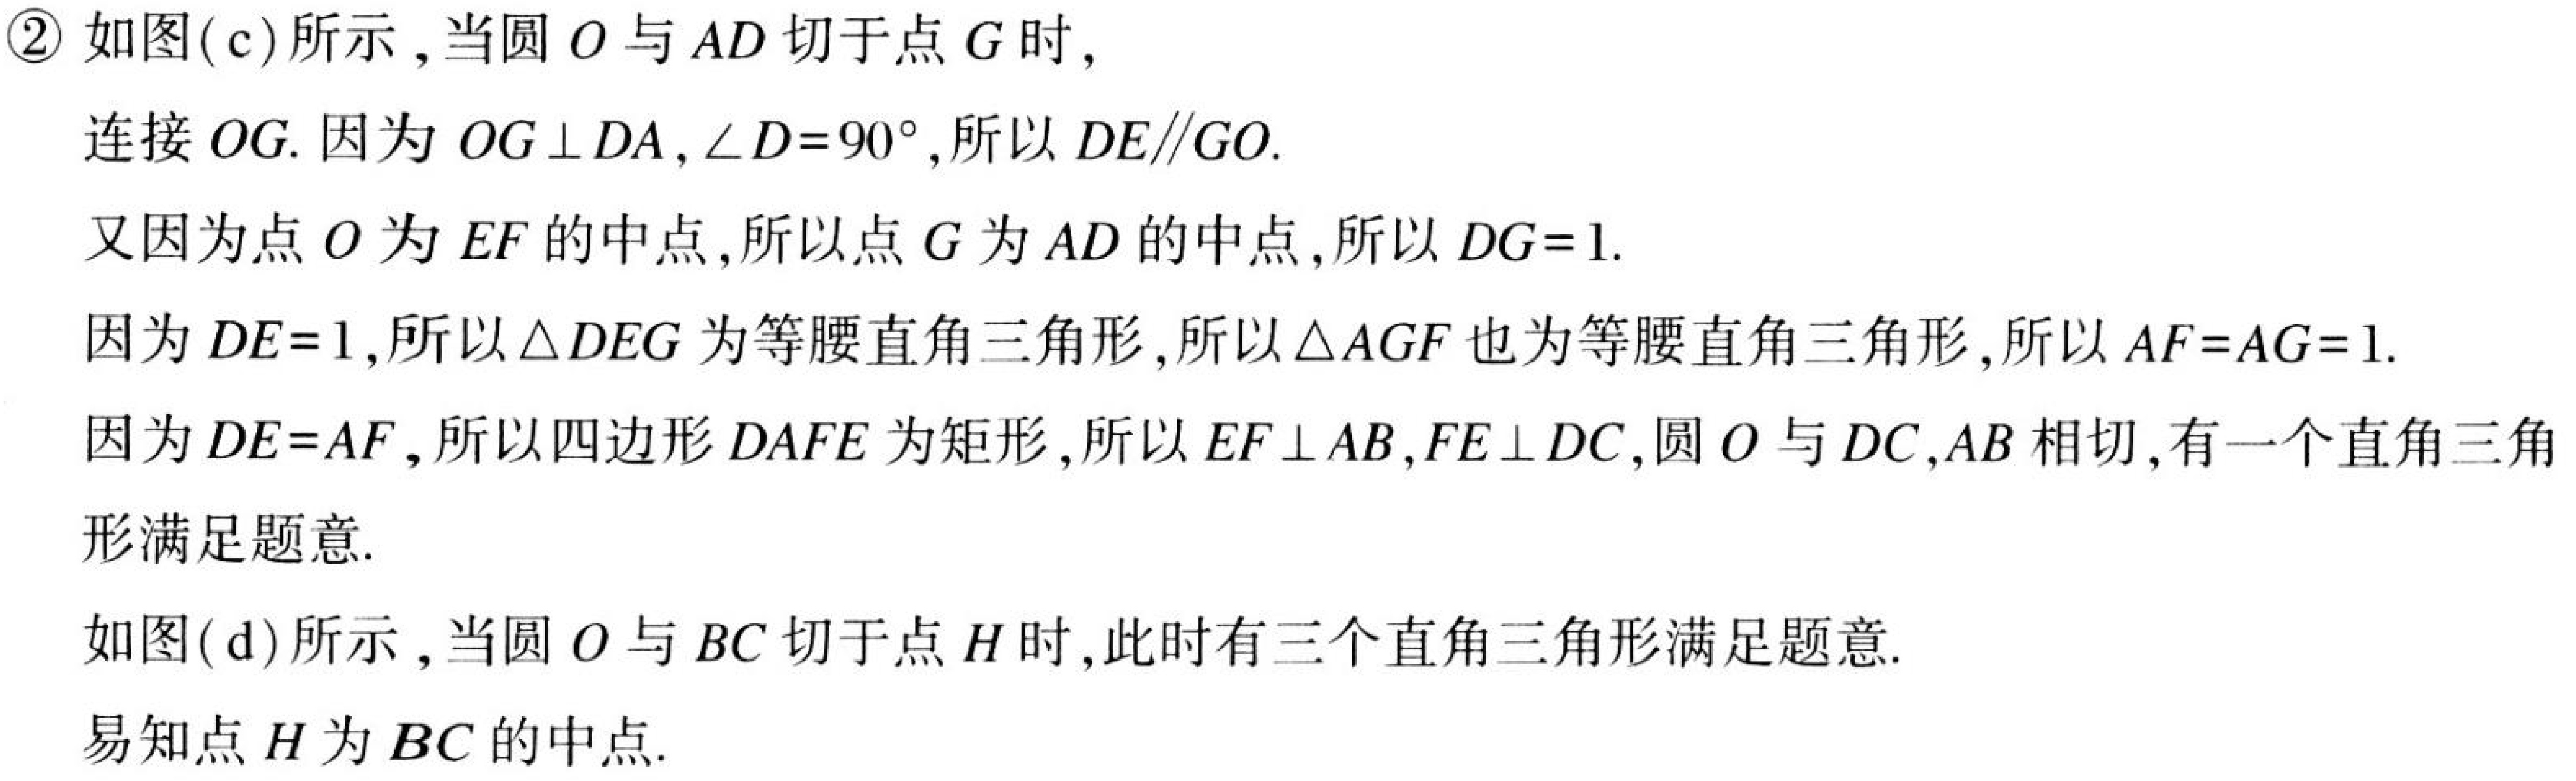
\textcircled{2} 如图(c)所示，当圆 \(O\) 与 \(AD\) 切于点 \(G\) 时，
连接 \(OG\). 因为 \(OG\perp DA\)，\(\angle D = 90^{\circ}\)，所以 \(DE\parallel GO\).
又因为点 \(O\) 为 \(EF\) 的中点，所以点 \(G\) 为 \(AD\) 的中点，所以 \(DG = 1\).
因为 \(DE = 1\)，所以 \(\triangle DEG\) 为等腰直角三角形，所以 \(\triangle AGF\) 也为等腰直角三角形，所以 \(AF = AG = 1\).
因为 \(DE = AF\)，所以四边形 \(DAFE\) 为矩形，所以 \(EF\perp AB\)，\(FE\perp DC\)，圆 \(O\) 与 \(DC\)，\(AB\) 相切，有一个直角三角形满足题意.
如图(d)所示，当圆 \(O\) 与 \(BC\) 切于点 \(H\) 时，此时有三个直角三角形满足题意.
易知点 \(H\) 为 \(BC\) 的中点.